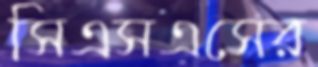
সিএসএসের